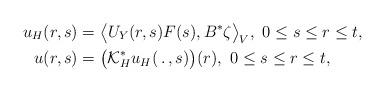
LaTeX: \begin{align*}u_H(r,s)&=\big\langle U_Y(r,s)F(s),B^*\zeta\big\rangle _V,\ 0\leq s\leq r\leq t,\\u(r,s)&=\big(\mathcal{K}^*_H u_H(\,.\,,s)\big)(r),\ 0\leq s\leq r\leq t,\end{align*}